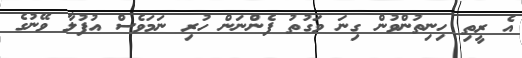
އެ ރީތި ހިނިތުންވުން ގިނަ ވަގުތު ފެންނަން ހުރި ނަމަވެސް އުފުލާ ވޭނުގެ